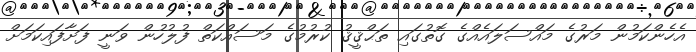
އެހެންކަމުން މަރުގެ މައްސަލައެއްގެ ގޮތުގައި ތަޙްޤީޤު ކުރުމުގެ މަސައްކަތް ފުލުހުން ވަނީ ފަށާފައިކަމަށް